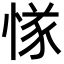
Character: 㥞